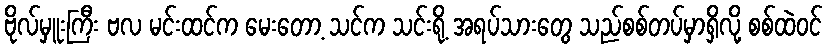
ဗိုလ်မှူးကြီး ဗလ မင်းထင်က မေးတော့ သင်က သင်းရို့ အရပ်သားတွေ သည်စစ်တပ်မှာရှိလို့ စစ်ထဲဝင်